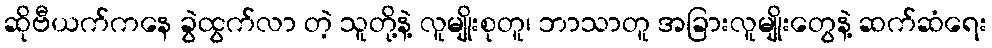
ဆိုဗီယက်ကနေ ခွဲထွက်လာ တဲ့ သူတို့နဲ့ လူမျိုးစုတူ၊ ဘာသာတူ အခြားလူမျိုးတွေနဲ့ ဆက်ဆံရေး